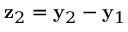
{ \bf z } _ { 2 } = { \bf y } _ { 2 } - { \bf y } _ { 1 }